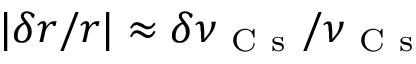
| \delta r / r | \approx \delta \nu _ { \mathrm { ~ C ~ s ~ } } / \nu _ { \mathrm { ~ C ~ s ~ } }